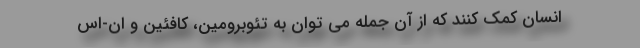
انسان کمک کنند که از آن جمله می توان به تئوبرومین، کافئین و ان-اس